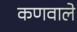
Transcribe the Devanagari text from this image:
कणवाले